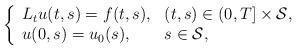
LaTeX: \begin{align*}\left\{\begin{array}{ll} L_tu(t,s) =f(t,s), & (t,s)\in (0,T]\times \mathcal{S},\\ u(0,s)=u_0(s), &s\in \mathcal{S}, \end{array}\right.\end{align*}